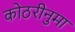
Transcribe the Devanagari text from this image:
कोठरीनुमा